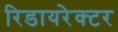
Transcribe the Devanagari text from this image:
रिडायरेक्टर